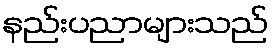
နည်းပညာများသည်